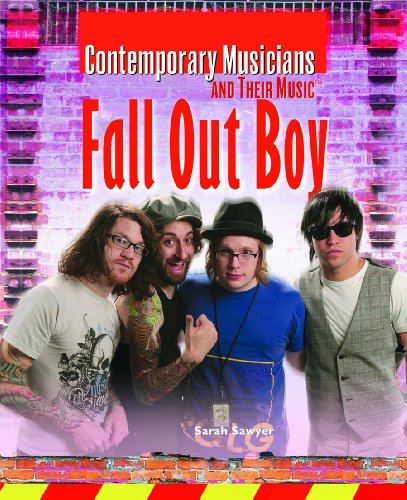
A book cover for Fallout Boy (Contemporary Musicians and Their Music Set 2); Sarah Sawyer; Teen & Young Adult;